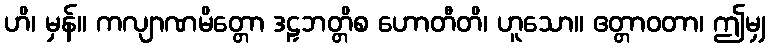
ဟိ၊ မှန်။ ကလျာဏမိတ္တော ဒဠှဘတ္တိစ ဟောတီတိ၊ ဟူသော။ ဧတ္တာဝတာ၊ ဤမျှ